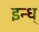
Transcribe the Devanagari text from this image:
इन्ध्‌